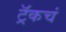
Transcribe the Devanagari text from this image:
ट्रॅकचं